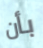
بأن